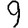
Digit: 9